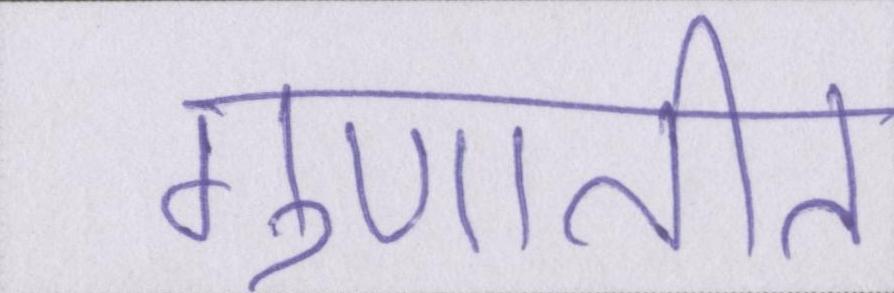
गुणातीत